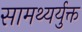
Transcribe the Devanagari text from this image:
सामथ्यर्युक्त